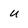
Character: u